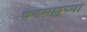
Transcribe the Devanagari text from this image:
चनमल्लप्पा